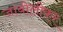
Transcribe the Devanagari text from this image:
जांबोलीकर